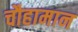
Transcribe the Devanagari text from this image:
चौहामान